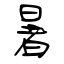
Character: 暑